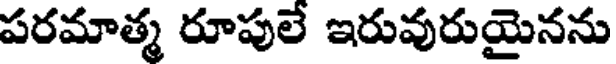
పరమాత్మ రూపులే ఇరువురుయైనను